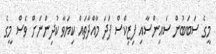
މީގެ ސަބަބުން ސައިންސާއި ފިޒިކްސް ފަދަ މާއްދާތައް ކިޔަވާ ކުދިންނަށް ވެސް މީގެ